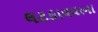
લટકાવવાના